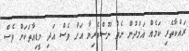
ރައްކާތެރި ކަމެއް އަމުދުން ނެތް ނޫސްވެރިޔާ އަށް ވެސް އަދި މީޑިއާތަކަށް ވެސް